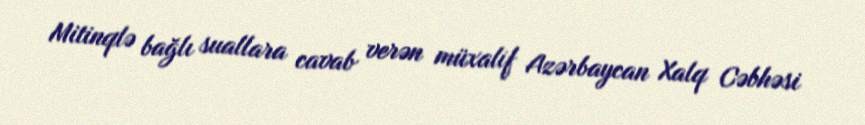
Mitinqlə bağlı suallara cavab verən müxalif Azərbaycan Xalq Cəbhəsi